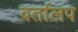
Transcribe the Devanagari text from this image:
वर्तालप